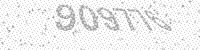
Solution: 909776